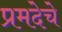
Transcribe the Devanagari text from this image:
प्रमदेचे